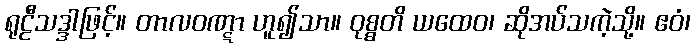
ရုဠီသဒ္ဒါဖြင့်။ တာလဝဏ္ဋာ ဟူ၍သာ။ ဝုစ္စတိ ယထေဝ၊ ဆိုအပ်သကဲ့သို့။ ဧဝံ၊